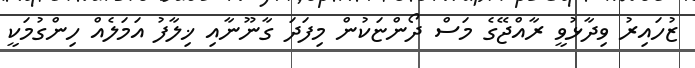
ޒުހައިރު ވިދާޅުވީ ރާއްޖޭގެ މަސް ދޯންޏަކުން މިފަދަ ގާނޫނާއި ޚިލާފު އަމަލެއް ހިންގުމަކީ